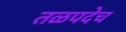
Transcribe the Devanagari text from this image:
तळपदेच